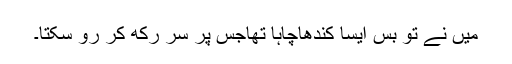
میں نے تو بس ایسا کندھاچاہا تھاجس پر سر رکھ کر رو سکتا۔